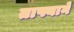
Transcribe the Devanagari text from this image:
ताफ्याने